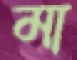
মা